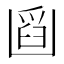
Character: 𠚘